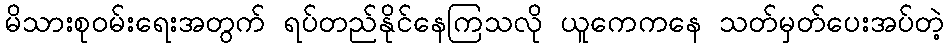
မိသားစုဝမ်းရေးအတွက် ရပ်တည်နိုင်နေကြသလို ယူကေကနေ သတ်မှတ်ပေးအပ်တဲ့